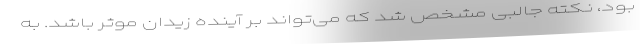
بود،‌ نکته جالبی مشخص شد که می‌تواند بر آینده زیدان موثر باشد. به